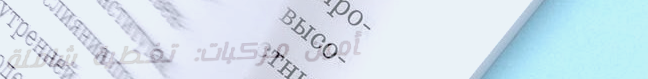
تأمين مركبات: تغطية شاملة